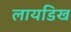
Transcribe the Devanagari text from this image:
लायडिख